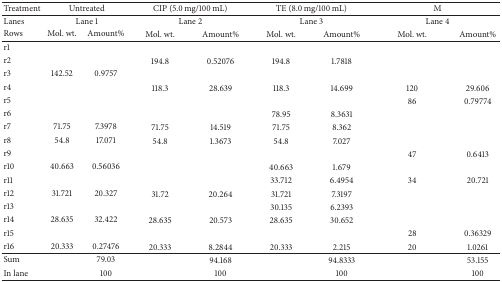
| Treatment | <COLSPAN=2> Untreated | <COLSPAN=2> CIP (5.0 mg/100 mL) | <COLSPAN=2> TE (8.0 mg/100 mL) | <COLSPAN=2> M |
 | --- | --- | --- | --- | --- | --- | --- | --- | --- |
 | Lanes | <COLSPAN=2> Lane 1 | <COLSPAN=2> Lane 2 | <COLSPAN=2> Lane 3 | <COLSPAN=2> Lane 4 |
 | Rows | Mol. wt. | Amount% | Mol. wt. | Amount% | Mol. wt. | Amount% | Mol. wt. | Amount% |
 | r1 |  |  |  |  |  |  |  |  |
 | r2 |  |  | 194.8 | 0.52076 | 194.8 | 1.7818 |  |  |
 | r3 | 142.52 | 0.9757 |  |  |  |  |  |  |
 | r4 |  |  | 118.3 | 28.639 | 118.3 | 14.699 | 120 | 29.606 |
 | r5 |  |  |  |  |  |  | 86 | 0.79774 |
 | r6 |  |  |  |  | 78.95 | 8.3631 |  |  |
 | r7 | 71.75 | 7.3978 | 71.75 | 14.519 | 71.75 | 8.362 |  |  |
 | r8 | 54.8 | 17.071 | 54.8 | 1.3673 | 54.8 | 7.027 |  |  |
 | r9 |  |  |  |  |  |  | 47 | 0.6413 |
 | r10 | 40.663 | 0.56036 |  |  | 40.663 | 1.679 |  |  |
 | r11 |  |  |  |  | 33.712 | 6.4954 | 34 | 20.721 |
 | r12 | 31.721 | 20.327 | 31.72 | 20.264 | 31.721 | 7.3197 |  |  |
 | r13 |  |  |  |  | 30.135 | 6.2393 |  |  |
 | r14 | 28.635 | 32.422 | 28.635 | 20.573 | 28.635 | 30.652 |  |  |
 | r15 |  |  |  |  |  |  | 28 | 0.36329 |
 | r16 | 20.333 | 0.27476 | 20.333 | 8.2844 | 20.333 | 2.215 | 20 | 1.0261 |
 | Sum |  | 79.03 |  | 94.168 |  | 94.8333 |  | 53.155 |
 | In lane |  | 100 |  | 100 |  | 100 |  | 100 |